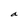
Character: a